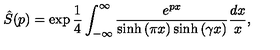
\hat { S } ( p ) = \exp \frac { 1 } { 4 } \int _ { - \infty } ^ { \infty } \frac { e ^ { p x } } { \sinh { ( \pi x ) } \sinh { ( \gamma x ) } } \frac { d x } { x } ,